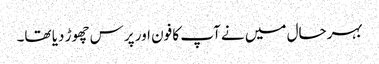
بہرحال میں نے آپ کا فون اور پرس چھوڑ دیا تھا۔